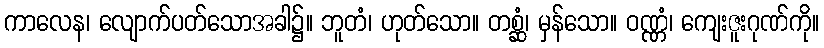
ကာလေန၊ လျောက်ပတ်သောအခါ၌။ ဘူတံ၊ ဟုတ်သော။ တစ္ဆံ၊ မှန်သော။ ဝဏ္ဏံ၊ ကျေးဇူးဂုဏ်ကို။